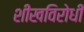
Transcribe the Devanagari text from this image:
शीखविरोधी